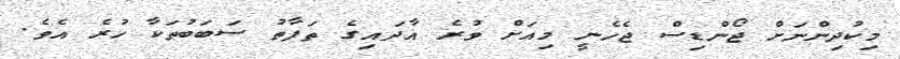
މިކުދިންނަށް ޖޯންޑިސް ޖެހެނީ މިއަށް ވުރެ އާދައިގެ ތަފާތު ސަބަބުތަކާ ހުރެ އެވެ.